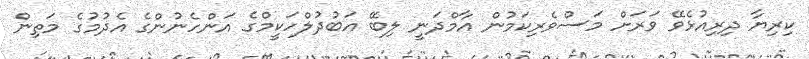
ކިރިޔާ ދިރިއުޅެވޭ ވަރަށް މަސްވެރިކަމުން އާމްދަނީ ލިބޭ އަބުދުލްހަކީމްގެ އަންހެނުންގެ އެދުމުގެ މަތިން